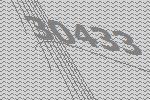
30433